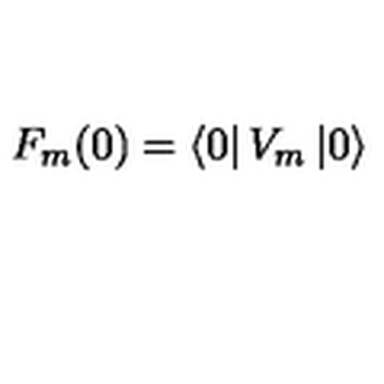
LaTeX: F _ { m } ( 0 ) = \left\langle 0 \right| V _ { m } \left| 0 \right\rangle